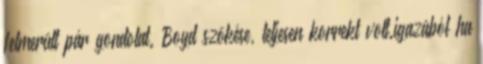
felmerült pár gondolat. Boyd szökése, teljesen korrekt volt.igazából ha